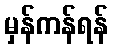
မှန်ကန်ရန်